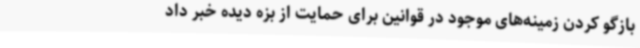
بازگو کردن زمینه‌های موجود در قوانین برای حمایت از بزه دیده خبر داد